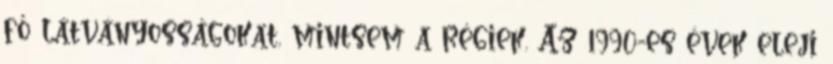
fő látványosságokat, mintsem a régiek. Az 1990-es évek eleji